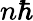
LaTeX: n\hbar